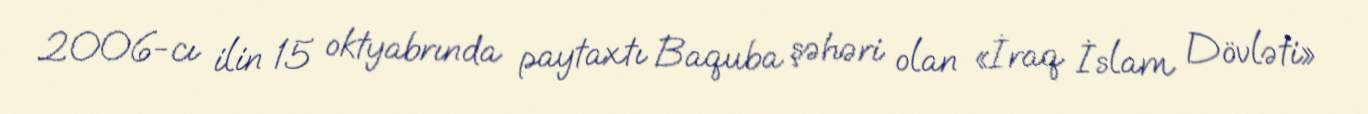
2006-cı ilin 15 oktyabrında paytaxtı Baquba şəhəri olan «İraq İslam Dövləti»